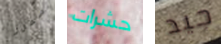
سمرز حشرات جيد